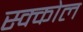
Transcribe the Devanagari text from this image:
स्क्कोल